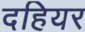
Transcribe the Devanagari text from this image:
दहियर